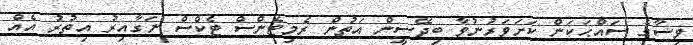
ވިސާގެ ސައްޙަކަން ކަށަވަރުނުވާ ބިދޭސީން އަތުން ރެމިޓެންސް ޓެކްސް ނަގާއިރު އިތުރު އެއް